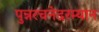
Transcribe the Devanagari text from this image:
पुन्नरचनेदरम्यान